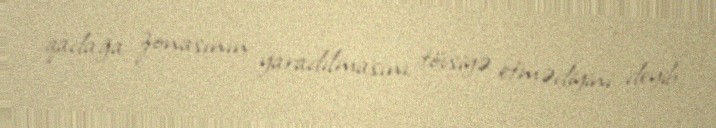
qadağa zonasının yaradılmasını tövsiyə etmədiyini deyib.